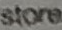
store